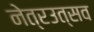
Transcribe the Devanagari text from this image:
नेत्रउत्सव